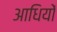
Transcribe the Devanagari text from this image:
आधियों